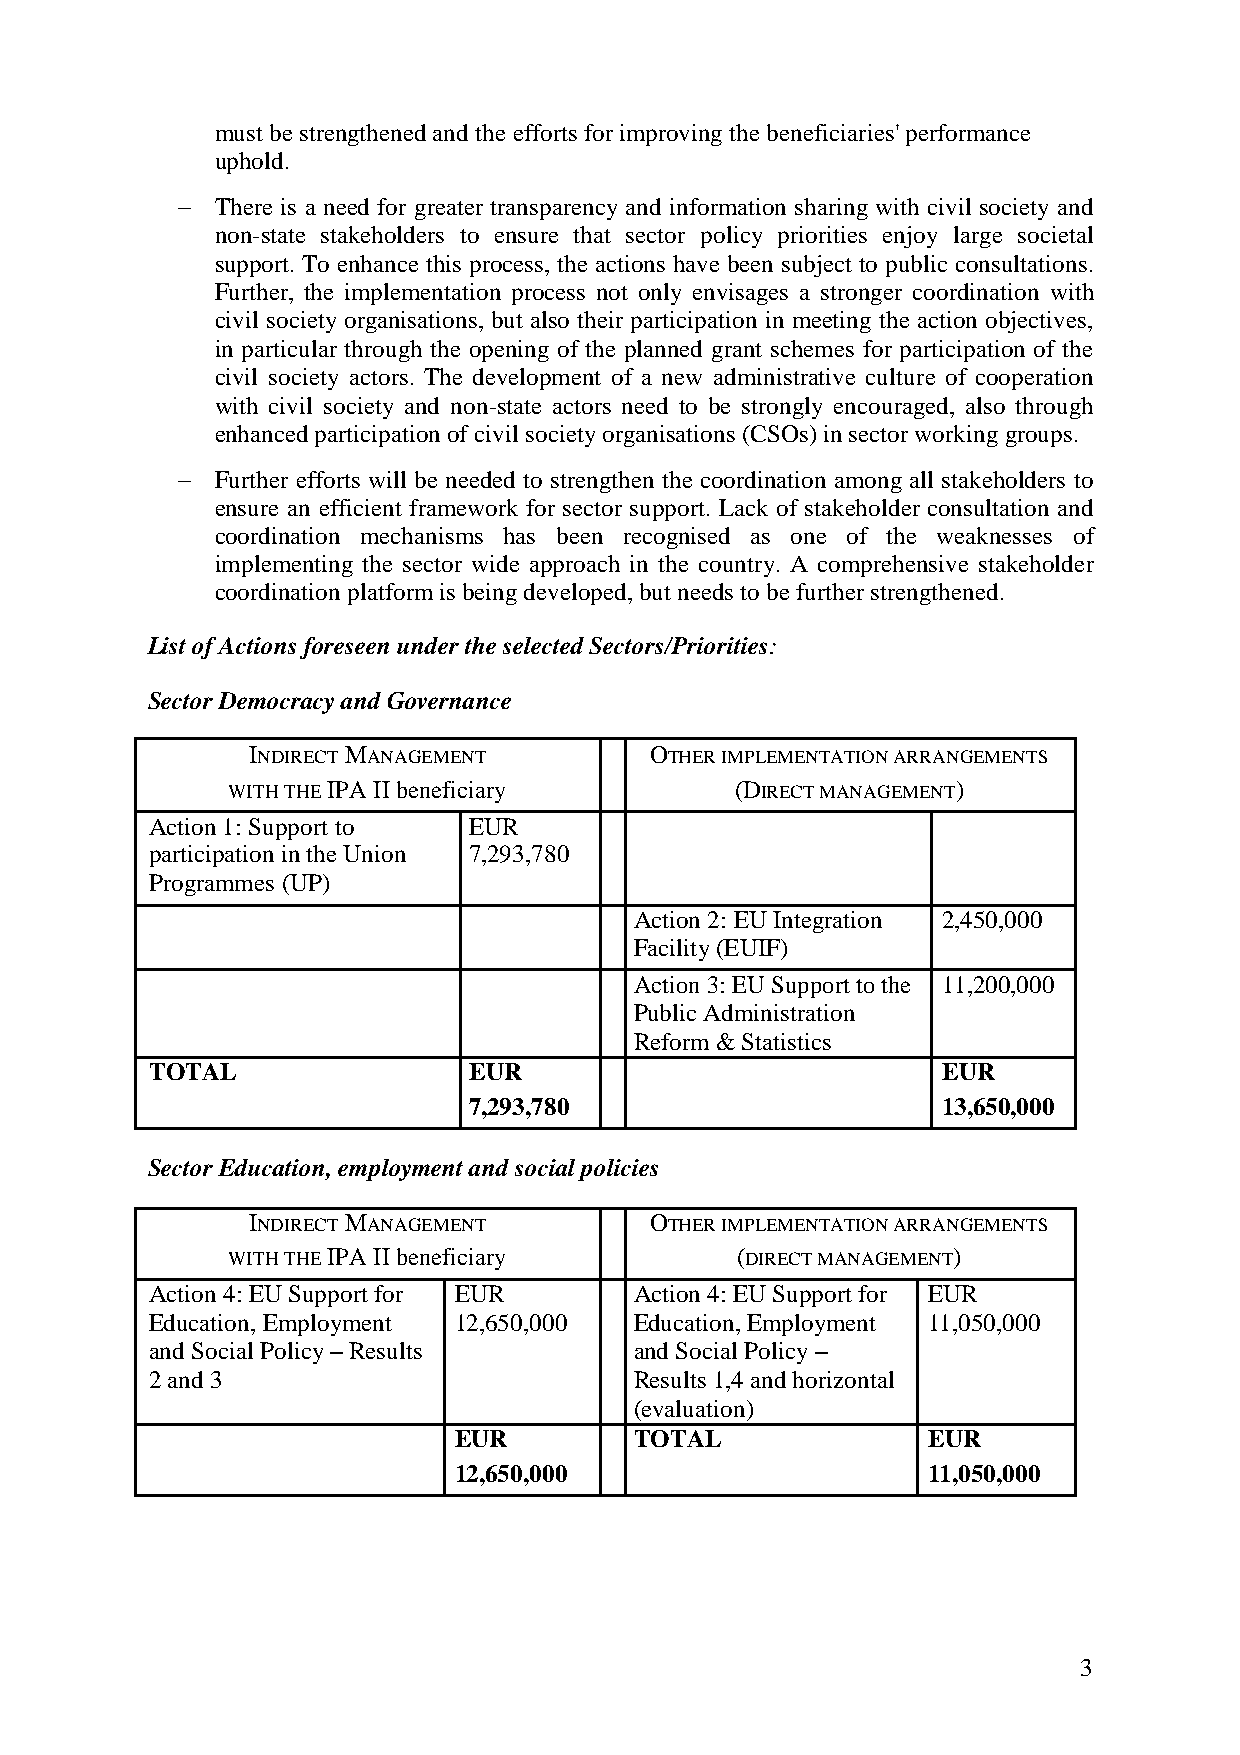
must be strengthened and the efforts for improving the beneficiaries' performance
 uphold.
  There is a need for greater transparency and information sharing with civil society and
 non-state stakeholders to ensure that sector policy priorities enjoy large societal
 support. To enhance this process, the actions have been subject to public consultations.
 Further, the implementation process not only envisages a stronger coordination with
 civil society organisations, but also their participation in meeting the action objectives,
 in particular through the opening of the planned grant schemes for participation of the
 civil society actors. The development of a new administrative culture of cooperation
 with civil society and non-state actors need to be strongly encouraged, also through
 enhanced participation of civil society organisations (CSOs) in sector working groups.
 
  Further efforts will be needed to strengthen the coordination among all stakeholders to
 ensure an efficient framework for sector support. Lack of stakeholder consultation and
 coordination mechanisms has been recognised as one of the weaknesses of
 implementing the sector wide approach in the country. A comprehensive stakeholder
 coordination platform is being developed, but needs to be further strengthened.
 List of Actions foreseen under the selected Sectors/Priorities:
 Sector Democracy and Governance
 INDIRECT MANAGEMENT       OTHER IMPLEMENTATION ARRANGEMENTS
 WITH THE IPA II beneficiary       (DIRECT MANAGEMENT)
 Action 1: Support to EUR
 participation in the Union 7,293,780
 Programmes (UP)
 Action 2: EU Integration 2,450,000
 Facility (EUIF)
 Action 3: EU Support to the 11,200,000
 Public Administration
 Reform & Statistics
 TOTAL                EUR                            EUR
 7,293,780                      13,650,000
 Sector Education, employment and social policies
 INDIRECT MANAGEMENT       OTHER IMPLEMENTATION ARRANGEMENTS
 WITH THE IPA II beneficiary       (DIRECT MANAGEMENT)
 Action 4: EU Support for EUR    Action 4: EU Support for EUR
 Education, Employment 12,650,000 Education, Employment 11,050,000
 and Social Policy – Results     and Social Policy –
 2 and 3                         Results 1,4 and horizontal
 (evaluation)
 EUR         TOTAL              EUR
 12,650,000                     11,050,000
 3